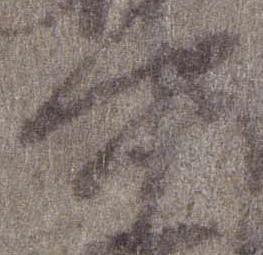
中